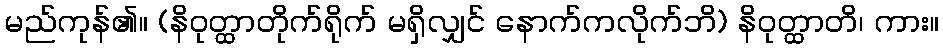
မည်ကုန်၏။ (နိဝုတ္ထာတိုက်ရိုက် မရှိလျှင် နောက်ကလိုက်ဘိ) နိဝုတ္ထာတိ၊ ကား။